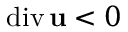
\mathrm { d i v } \, { \bf u } < 0